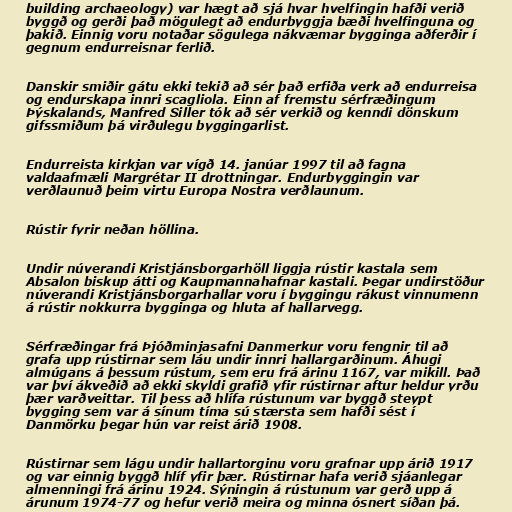
building archaeology) var hægt að sjá hvar hvelfingin hafði verið
byggð og gerði það mögulegt að endurbyggja bæði hvelfinguna og
þakið. Einnig voru notaðar sögulega nákvæmar bygginga aðferðir í
gegnum endurreisnar ferlið.

Danskir smiðir gátu ekki tekið að sér það erfiða verk að endurreisa
og endurskapa innri scagliola. Einn af fremstu sérfræðingum
Þýskalands, Manfred Siller tók að sér verkið og kenndi dönskum
gifssmiðum þá virðulegu byggingarlist.

Endurreista kirkjan var vígð 14. janúar 1997 til að fagna
valdaafmæli Margrétar II drottningar. Endurbyggingin var
verðlaunuð þeim virtu Europa Nostra verðlaunum.

Rústir fyrir neðan höllina.

Undir núverandi Kristjánsborgarhöll liggja rústir kastala sem
Absalon biskup átti og Kaupmannahafnar kastali. Þegar undirstöður
núverandi Kristjánsborgarhallar voru í byggingu rákust vinnumenn
á rústir nokkurra bygginga og hluta af hallarvegg.

Sérfræðingar frá Þjóðminjasafni Danmerkur voru fengnir til að
grafa upp rústirnar sem láu undir innri hallargarðinum. Áhugi
almúgans á þessum rústum, sem eru frá árinu 1167, var mikill. Það
var því ákveðið að ekki skyldi grafið yfir rústirnar aftur heldur yrðu
þær varðveittar. Til þess að hlífa rústunum var byggð steypt
bygging sem var á sínum tíma sú stærsta sem hafði sést í
Danmörku þegar hún var reist árið 1908.

Rústirnar sem lágu undir hallartorginu voru grafnar upp árið 1917
og var einnig byggð hlíf yfir þær. Rústirnar hafa verið sjáanlegar
almenningi frá árinu 1924. Sýningin á rústunum var gerð upp á
árunum 1974-77 og hefur verið meira og minna ósnert síðan þá.